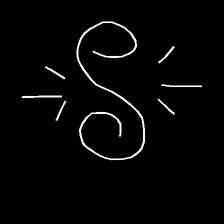
Glyph: wind-directs-air